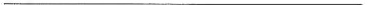
___